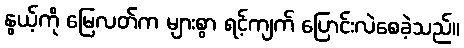
နွယ့်ကို မြေလတ်က များစွာ ရင့်ကျက် ပြောင်းလဲစေခဲ့သည်။